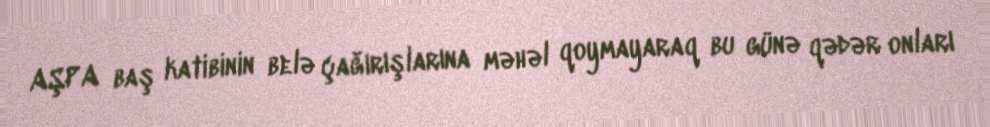
AŞPA baş katibinin belə çağırışlarına məhəl qoymayaraq bu günə qədər onları